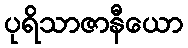
ပုရိသာဇာနီယော